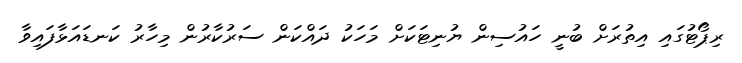
ރިޕޯޓުގައި އިތުރަށް ބުނީ ހައުސިން ޔުނިޓަކަށް މަހަކު ދައްކަން ސަރުކާރުން މިހާރު ކަނޑައަޅާފައިވާ